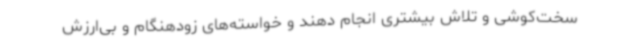
سخت‌کوشی و تلاش بیشتری انجام دهند و خواسته‌های زودهنگام و بی‌ارزش